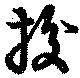
捘